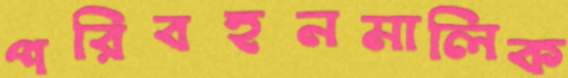
পরিবহনমালিক